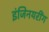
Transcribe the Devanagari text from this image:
इंजिनयरींग